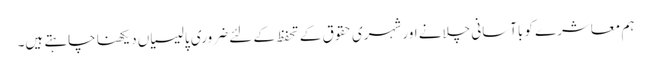
ہم معاشرے کو باآسانی چلانے اور شہری حقوق کے تحفظ کے لئے ضروری پالیسیاں دیکھنا چاہتے ہیں۔